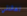
لعائلتي